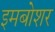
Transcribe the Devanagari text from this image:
इमबोशर